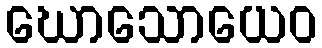
ဃောသောယေဝ